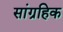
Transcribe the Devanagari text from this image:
सांग्रहिक